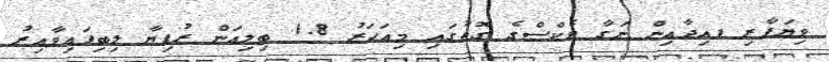
ވިޔަފާރި ފއިދާއިން ނަގާ ޓެކްސްގެ ގޮތުގައި މިއަހަރު 1.8 ބިލިއަން ރުފިޔާ ލިބިފައިވާއިރު